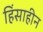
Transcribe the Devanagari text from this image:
हिंसाहीन